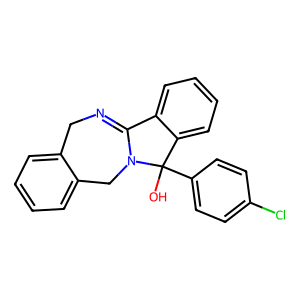
SMILES: OC1(c2ccc(Cl)cc2)c2ccccc2C2=NCc3ccccc3CN21
Inhibits HIV replication: No